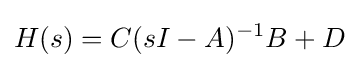
H(s)=C(sI-A)^{-1}B+D